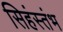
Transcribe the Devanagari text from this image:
सिहंस्तंभ